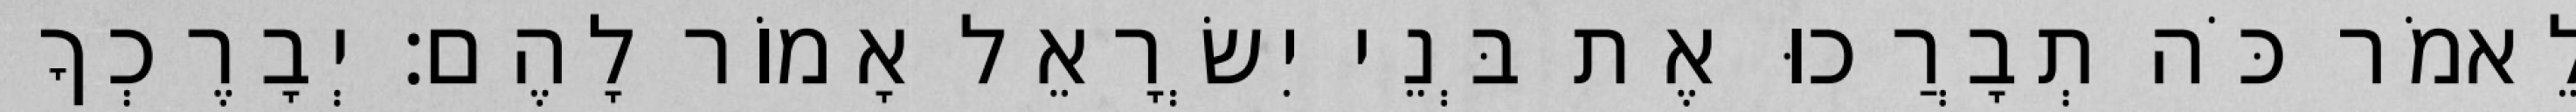
לֵאמֹר כֹּה תְבָרֲכוּ אֶת בְּנֵי יִשְׂרָאֵל אָמוֹר לָהֶם׃ יְבָרֶכְךָ